Problem: 7 × 2 = ?
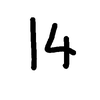
Handwritten answer: 14